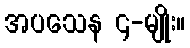
အပသေန ၄-မျိုး။